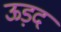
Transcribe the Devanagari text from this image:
ऊड़द